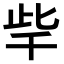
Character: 𣥥